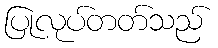
ပြုလုပ်တတ်သည်